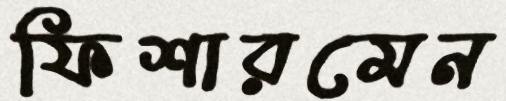
ফিশারমেন